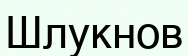
Шлукнов